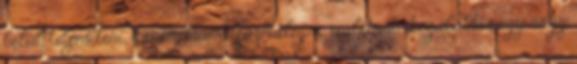
belül teljesíteni, hanem transzformálni a realitást. Legalábbis egy nagy